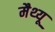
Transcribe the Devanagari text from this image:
मैथ्‍यू